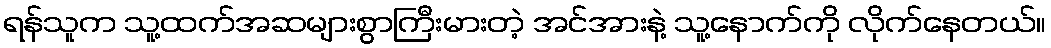
ရန်သူက သူ့ထက်အဆများစွာကြီးမားတဲ့ အင်အားနဲ့ သူ့နောက်ကို လိုက်နေတယ်။